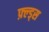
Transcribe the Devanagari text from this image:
फ़्ल्ड्स